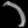
Digit: ၁